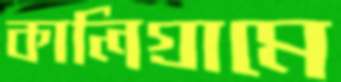
কালিগ্রামে